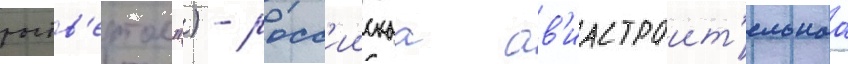
роств'ертол") - росс'иискаа ав'иастроит'ельнаа